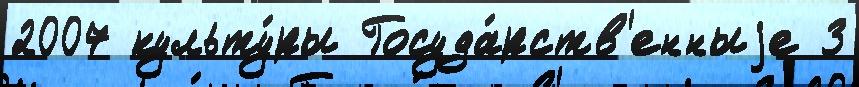
2007 культу́ры Госуда́рств'енныjе 3